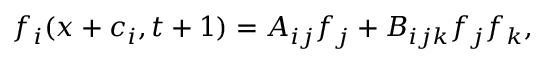
f _ { i } ( x + c _ { i } , t + 1 ) = A _ { i j } f _ { j } + B _ { i j k } f _ { j } f _ { k } ,